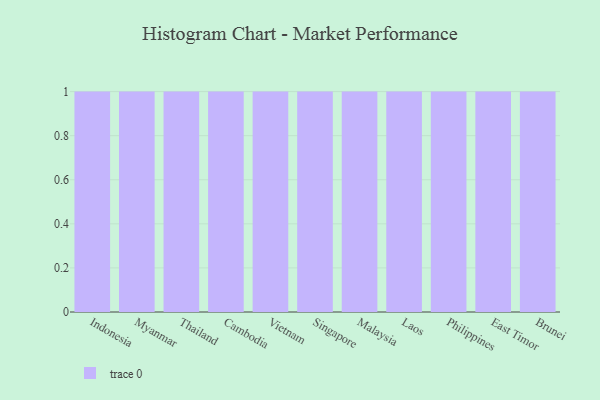
{"axis": {"x": "Country", "y": "Waste Production (Tons)"}, "legend": [""], "data": [{"x": "Indonesia", "y": 64, "type": ""}, {"x": "Myanmar", "y": 39, "type": ""}, {"x": "Thailand", "y": 62, "type": ""}, {"x": "Cambodia", "y": 22, "type": ""}, {"x": "Vietnam", "y": 81, "type": ""}, {"x": "Singapore", "y": 13, "type": ""}, {"x": "Malaysia", "y": 79, "type": ""}, {"x": "Laos", "y": 52, "type": ""}, {"x": "Philippines", "y": 97, "type": ""}, {"x": "East Timor", "y": 40, "type": ""}, {"x": "Brunei", "y": 80, "type": ""}]}